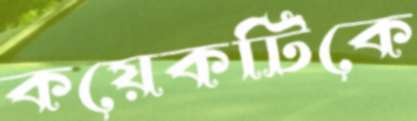
কয়েকটিকে